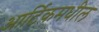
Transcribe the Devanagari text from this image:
आर्टिकमधील